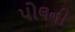
પોલની